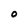
Character: 0